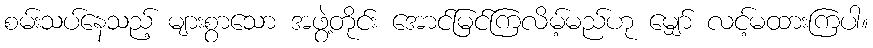
စမ်းသပ်နေသည့် များစွာသော အဖွဲ့တိုင်း အောင်မြင်ကြလိမ့်မည်ဟု မျှော် လင့်မထားကြပါ။